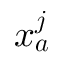
\boldsymbol { x _ { a } ^ { j } }